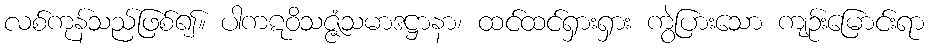
လစ်ကုန်သည်ဖြစ်၍။ ပါကဋဝိသဇ္ဇံသမာဒဋ္ဌာနာ၊ ထင်ထင်ရှားရှား ကွဲပြားသော ကျဉ်းမြောင်းရာ